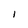
Character: I